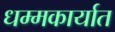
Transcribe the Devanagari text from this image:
धम्मकार्यात